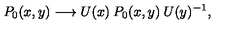
P _ { 0 } ( x , y ) \longrightarrow U ( x ) \: P _ { 0 } ( x , y ) \: U ( y ) ^ { - 1 } ,